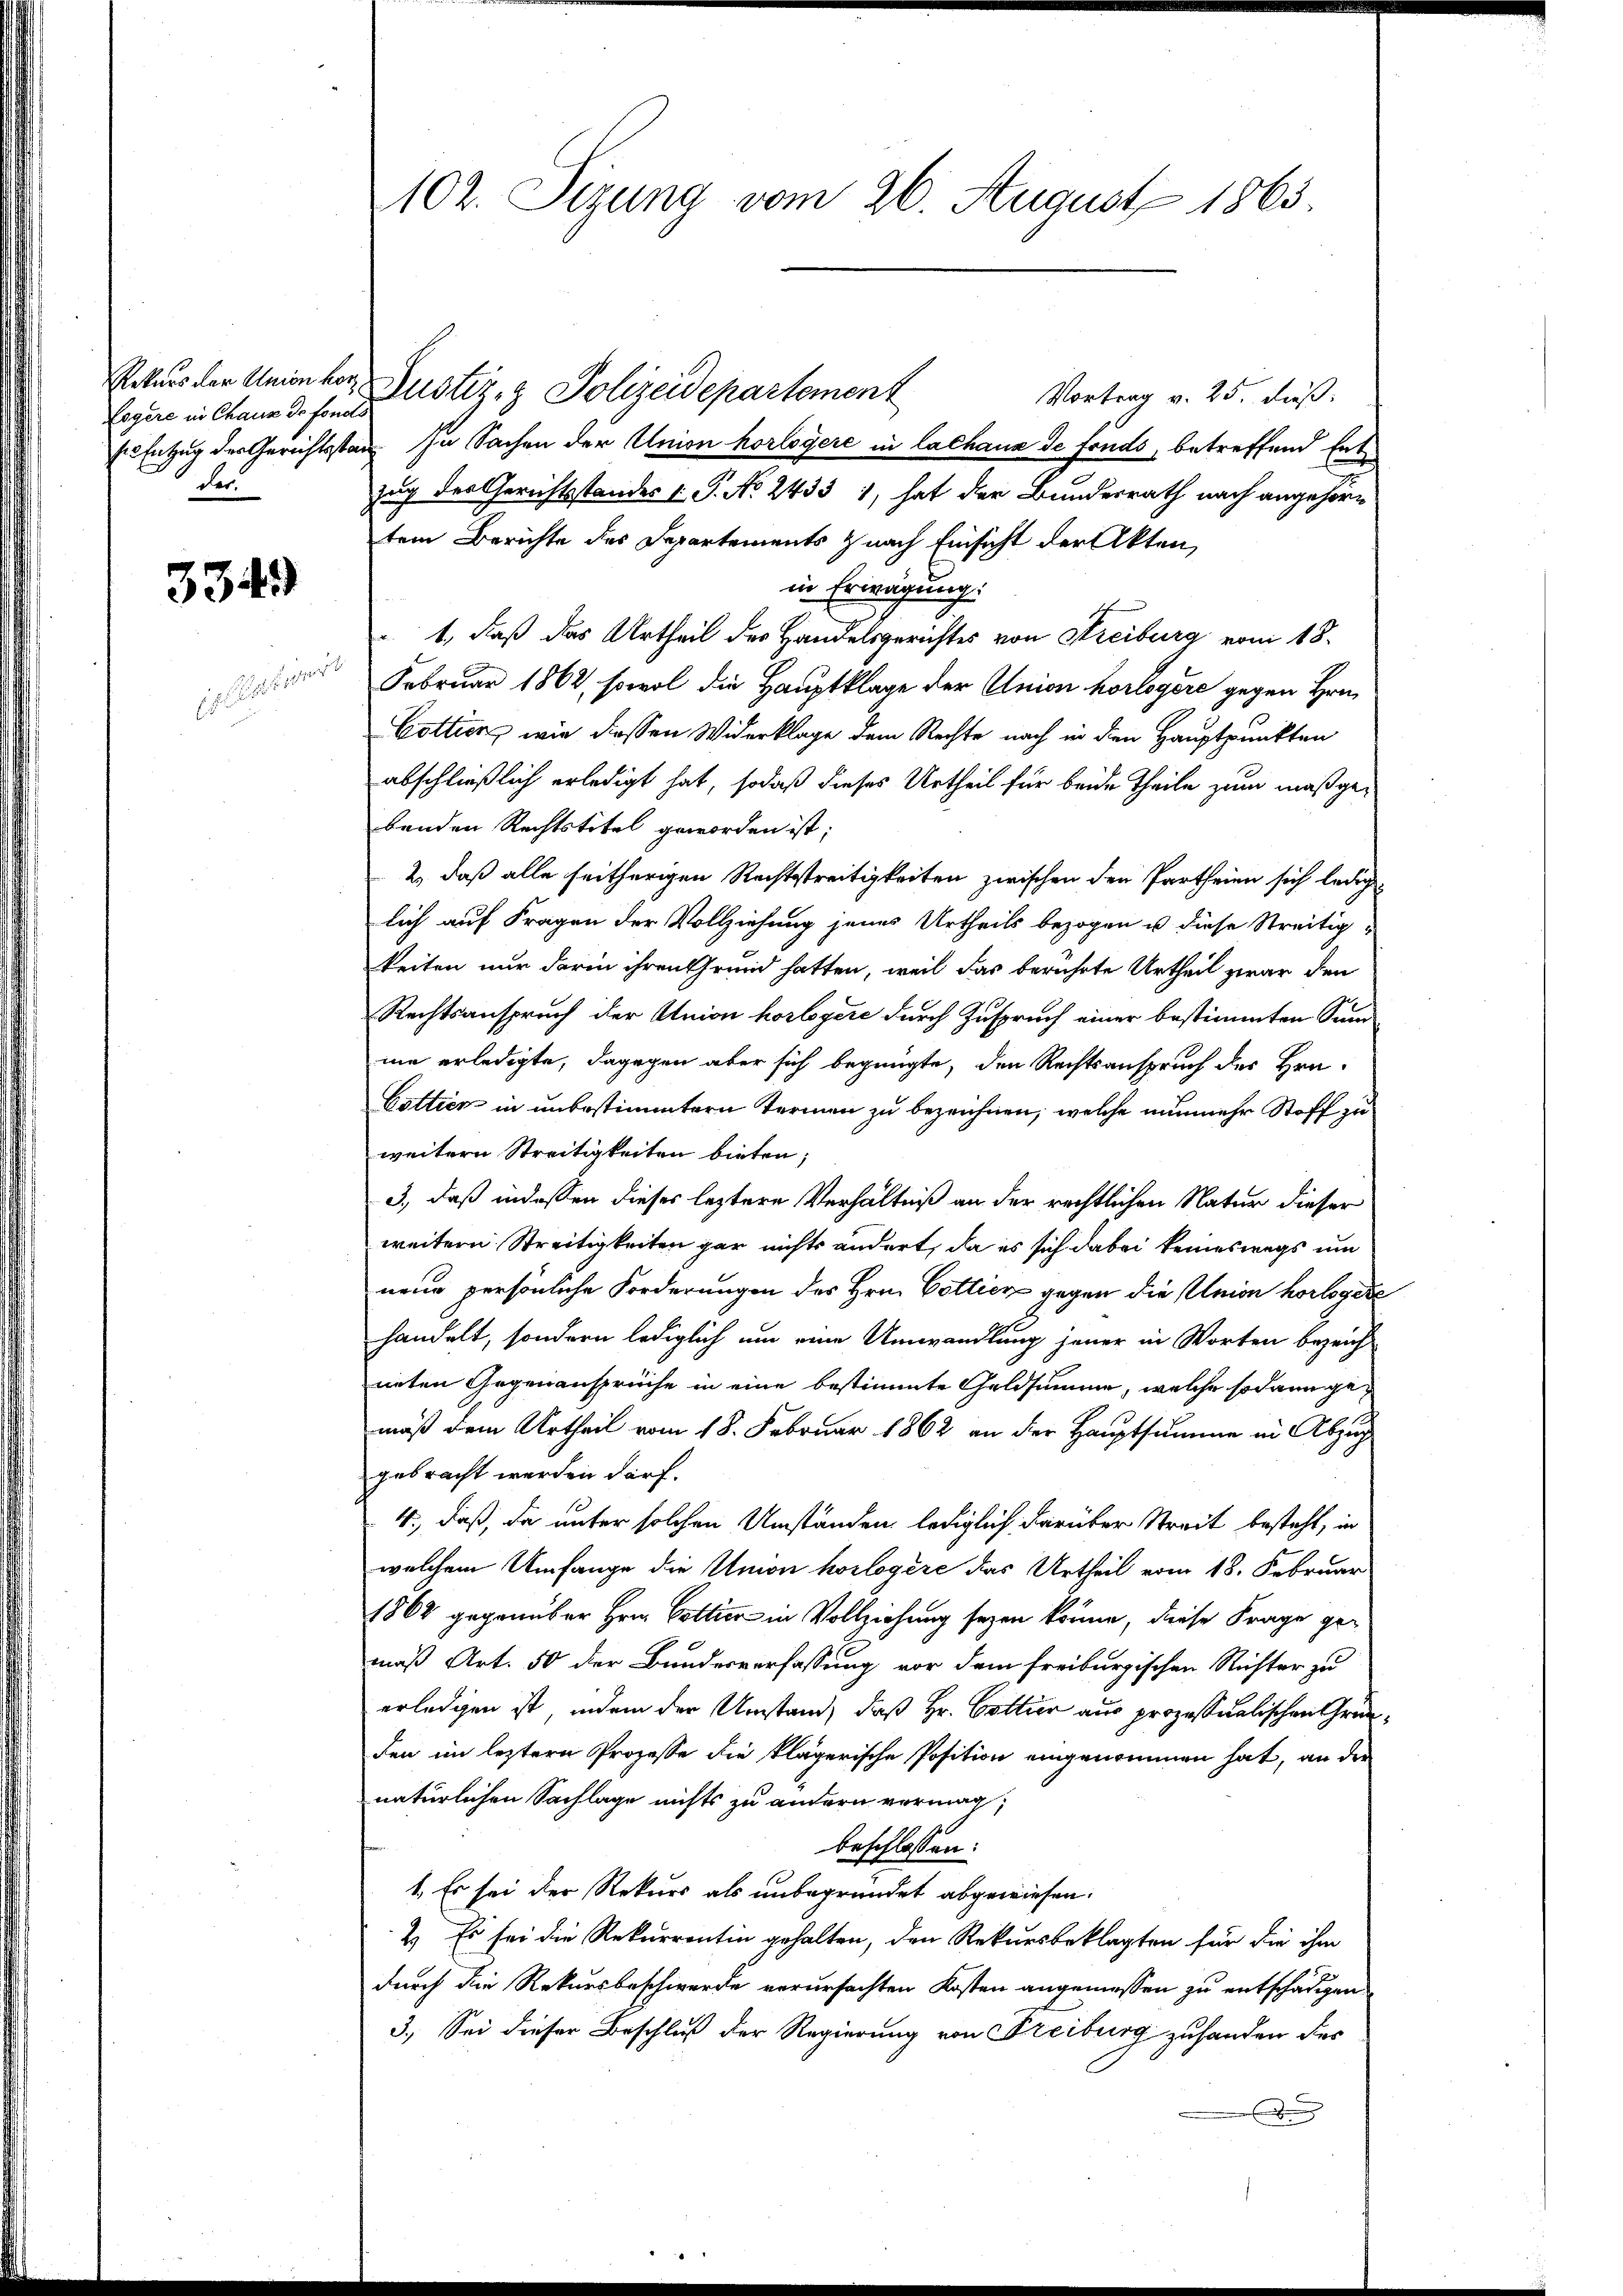
Logere in Chaux de fonds
des.

3349)

Es seiner

102. Sizung vom 26. August 1865.

Rekurs der Union vor Justiz- & Polizeidepartement
Vortrag v. 25. dieß.
E Entzug der Gerichtsstan. In Sachen der Union horlogere in Cathana de fonds, betreffend Entzug des Gerichtsstandes P. No. 2433 1, hat der Bundesrath nach angehörtem Berichte des Departements & nach Einsicht der Akten,
in Erwägung.
1., daß das Urtheil des Handelsgerichtes von Freiburg vom 18.
Februar 1862, sowol die Hauptklage der Union horlogere gegen Hrn.
Cottien, wie diessen Widerklage dem Rechte nach in den Hauptpunkten
abschließlich erledigt hat, sodaß dieses Urtheil für beide Theile zum maßgebenden Rechtstitel geworden ist;
2., daß alle seitherigen Rechtsstreitigkeiten zwischen den Partheien sich ledig
lich auf Fragen der Vollziehung jenes Urtheils bezogen u diese Streitig-
keiten nur darin ihren Grund hatten, weil das berührte Urtheil zwar den
Rechtsanspruch der Union horlogere durch Zuspruch einer bestimmten Sinn
me erledigte, dagegen aber sich begnügte, den Rechtsanspruch des Hrn.
Cottich in unbestimmtern Termen zu bezeichnen, welche nunmehr Stoff zu
weitern Streitigkeiten bieten;
3., daß indessen dieses leztere Verhältniß an der rechtlichen Natur dieser
weitern Streitigkeiten gar nichts ändert, da es sich dabei keineswegs um
nene persönliche Forderungen des Hrn. Cottier gegen die Union horlogere
handelt, sondern lediglich um eine Umwandlung jener in Worten bezeicht
nnten Gegenansprüche in eine bestimmte Geldsumme, welche sodann gemäß dem Urtheil vom 18. Februar 1862 an der Hauptsumme in Abzug
gebracht werden darf.
4., daß, da unter solchen Umständen lediglich darüber Streit besteht, in
welchem Umfange die Union horlogère das Urtheil vom 18. Februar
1862 gegenüber Hrn. Cottier in Vollziehung seyen könne, diese Frage gemäß Art. 50 der Bundesverfassung vor dem freiburgischen Richter zu
erledigen ist, indem der Umstand, daß Hr. Cottier aus prozessualischen Gründen im leztern Prozesse die klägerische Position eingenommen hat, an der
natürlichen Sachlage nichts zu andern vermag,
beschlossen:
1. Es sei der Rekurs als unbegründet abgewiesen.
2.) Es sei die Rekurrentin gehalten, den Rekursbeklagten für die ihm
durch die Rekursbeschwerde verursachten Kosten angemessen zu entschädigen
3.) Sei dieser Beschluß der Regierung von Freiburg zu handen des
A